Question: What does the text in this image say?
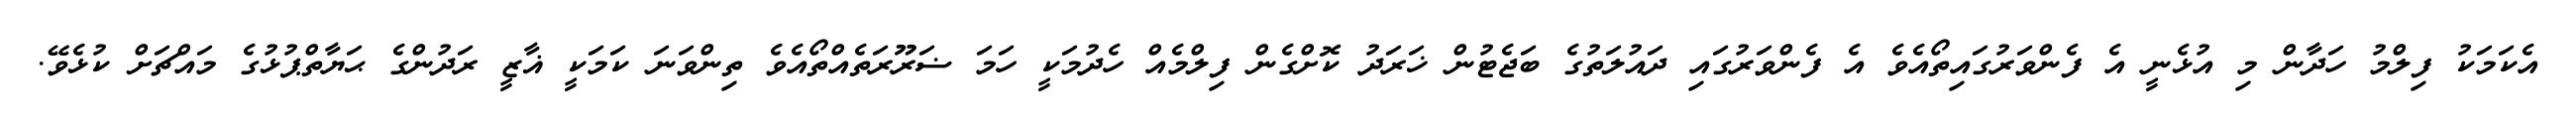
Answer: އެކަމަކު ފިލްމު ހަދާން މި އުޅެނީ އެ ފެންވަރުގައިތޯއެވެ އެ ފެންވަރުގައި ދައުލަތުގެ ބަޖެޓުން ޚަރަދު ކޮށްގެން ފިލްމެއް ހެދުމަކީ ހަމަ ޟަރޫރަތެއްތޯއެވެ ތިންވަނަ ކަމަކީ ޣާޒީ ރަދުންގެ ޙަޔާތްޕުޅުގެ މައްޗަށް ކުޅެވޭ.